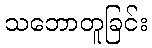
သဘောတူခြင်း